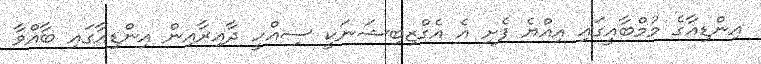
އިންޑިއާގެ މުމްބާއީގައި އިއްޔެ ފެށި އެ އެގްޒިބިޝަނަކީ ސިއްހީ ދާއިރާއިން އިންޑިއާގައި ބާއްވާ